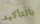
بالتأكيد